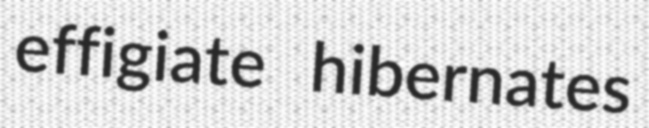
effigiate hibernates